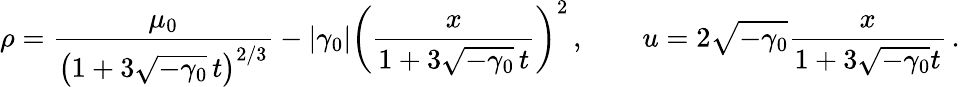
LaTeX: \rho=\frac{\mu_{0}}{\left(1+3\sqrt{-\gamma_{0}}\, t\right)^{2/3}}-|\gamma_{0}|\left(\frac{x}{1+3\sqrt{-\gamma_{0}}\, t}\right)^{2}\, ,\qquad u=2\sqrt{-\gamma_{0}}\frac{x}{1+3\sqrt{-\gamma_{0}}t}\, .